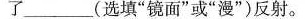
了___(选填“镜面”或“漫”)反射。